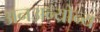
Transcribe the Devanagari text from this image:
अनअन्‍योन्‍य